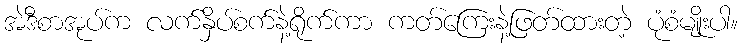
အဲဒီစာအုပ်က လက်နှိပ်စက်နဲ့ရိုက်ကာ ကတ်ကြေးနဲ့ဖြတ်ထားတဲ့ ပုံစံမျိုးပါ။